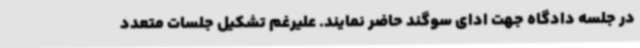
در جلسه دادگاه جهت ادای سوگند حاضر نمایند. علیرغم تشکیل جلسات متعدد